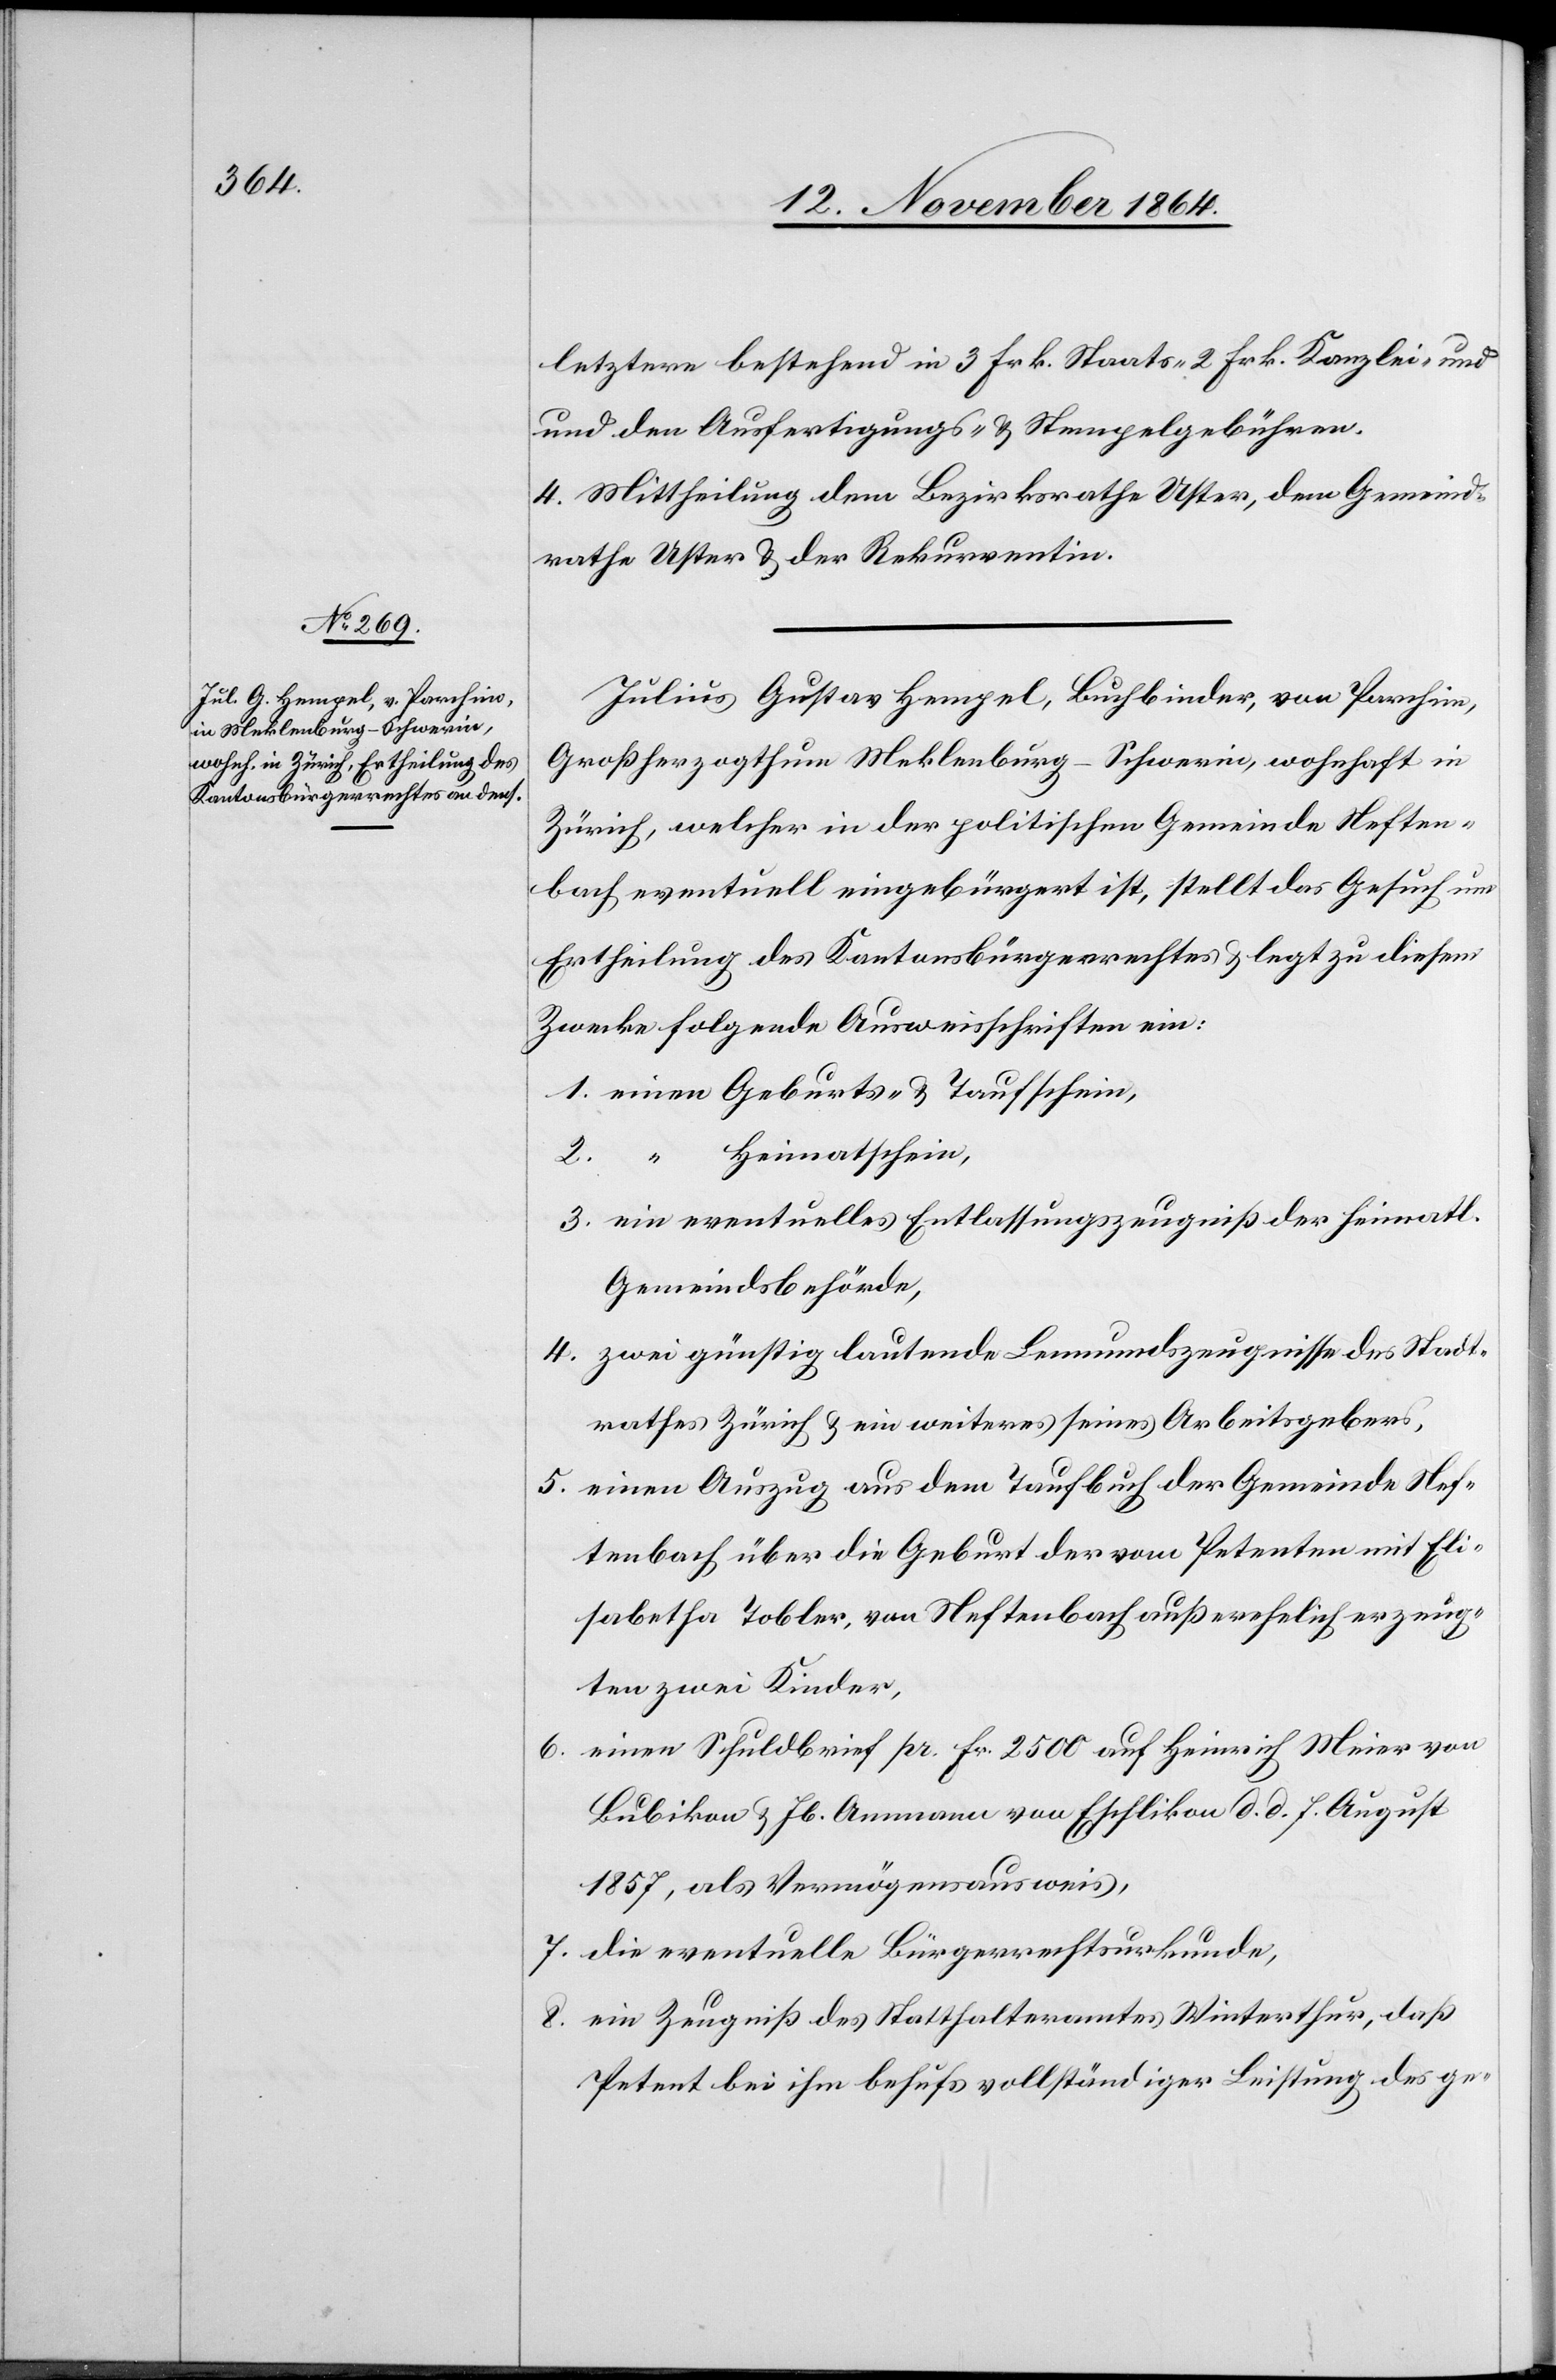
letztere bestehend in 3 Frk. Staats- 2 Frk. Kanzlei-
und den Ausfertigungs- & Stempelgebühren.
4. Mittheilung dem Bezirksrathe Uster, dem Gemeind¬
rathe Uster & der Rekurrentin.
Julius Gustav Hempel, Buchbinder, von Parchim,
Großherzogthum Meklenburg-Schwerin, wohnhaft in
Zürich, welcher in der politischen Gemeinde Neften¬
bach eventuell eingebürgert ist, stellt das Gesuch um
Ertheilung des Kantonsbürgerrechtes & legt zu diesem
Zwecke folgende Ausweisschriften ein:
1. einen Geburts- & Taufschein,
2. “ Heimatschein,
3. ein eventuelles Entlassungszeugniß der heimatl.
Gemeindsbehörde,
4. zwei günstig lautende Leumundszeugnisse des Stadt¬
rathes Zürich & ein weiteres seines Arbeitsgebers,
5. einen Auszug aus dem Taufbuch der Gemeinde Nef¬
tenbach über die Geburt der vom Petenten mit Eli¬
sabetha Tobler, von Neftenbach außerehelich erzeug¬
ten zwei Kinder,
6. einen Schuldbrief pr. Fr. 2500 auf Heinrich Meier von
Bubikon & Jb. Ammann von Eschlikon d. d. 7. August
1857, als Vermögensausweis,
7. die eventuelle Bürgerrechtsurkunde,
8. ein Zeugniß des Statthalteramtes Winterthur, daß
Petent bei hm behufs vollständiger Leistung des ge-